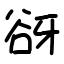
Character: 谺